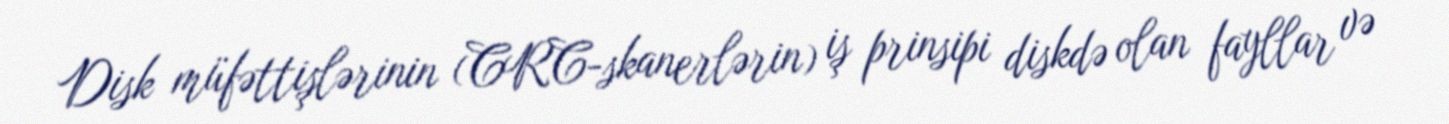
Disk müfəttişlərinin (CRC-skanerlərin) iş prinsipi diskdə olan fayllar və